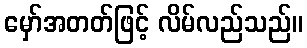
မှော်အတတ်ဖြင့် လိမ်လည်သည်။